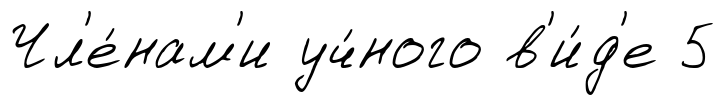
Чл'е́нам'и уч́ного в'и́д'е 5